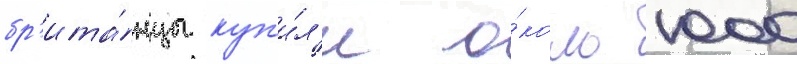
бр'ита́нцы куп'и́л'и о́коло 1000